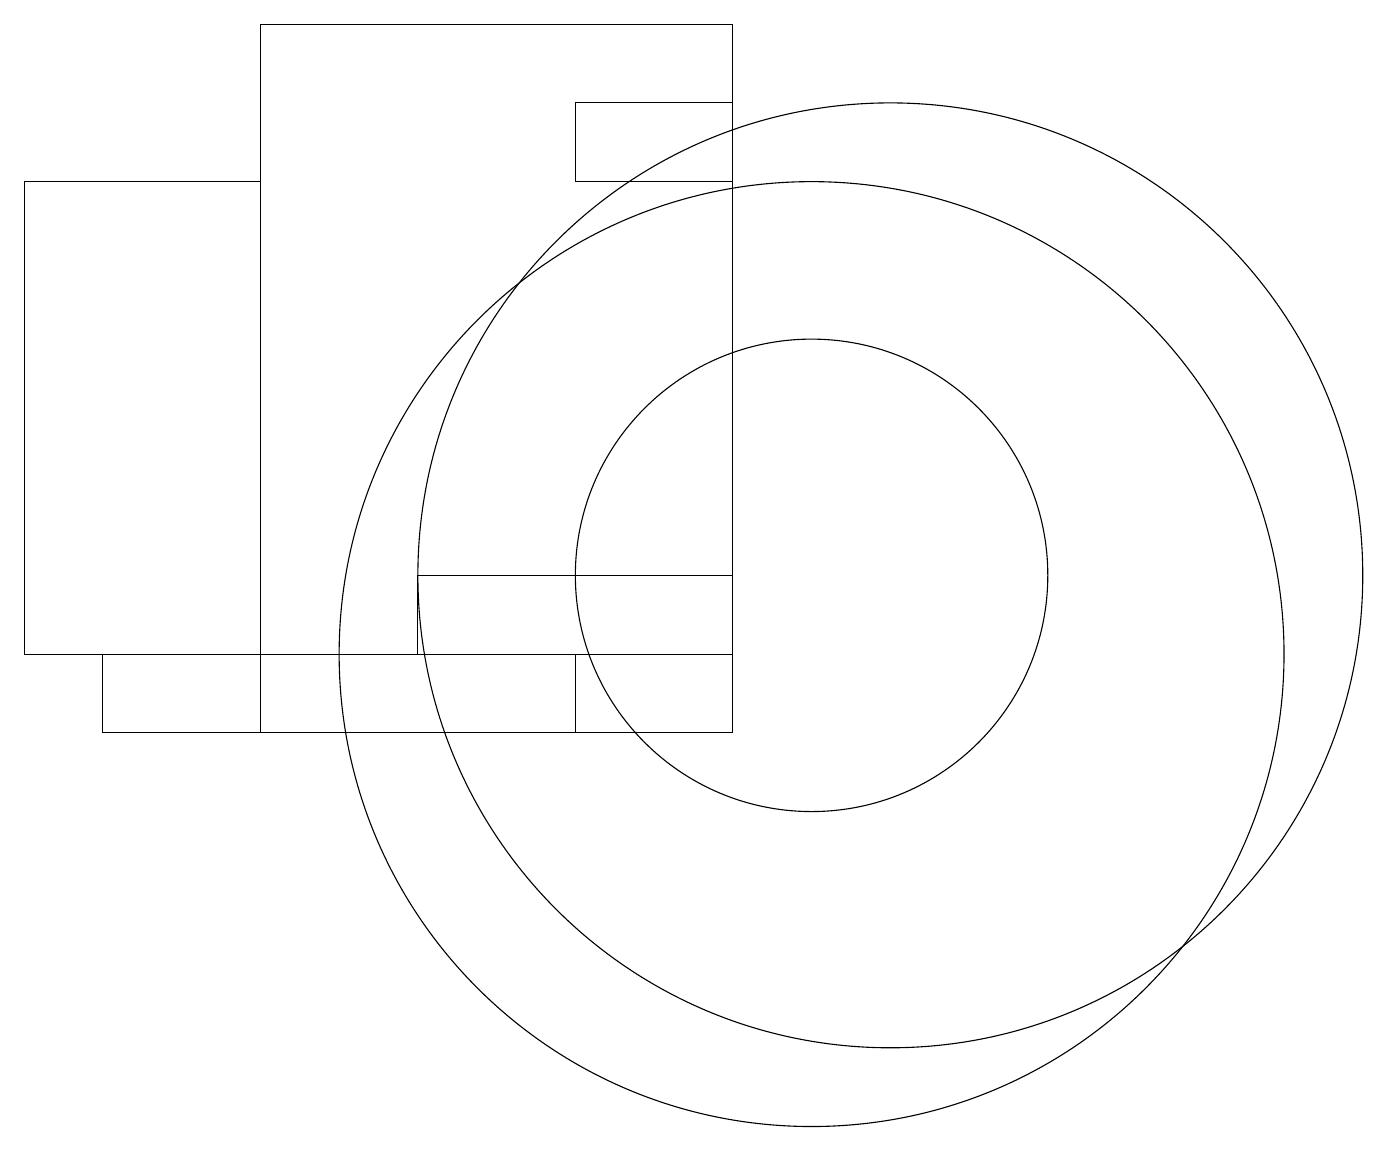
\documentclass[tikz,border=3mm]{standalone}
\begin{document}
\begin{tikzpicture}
\draw (9,17) rectangle (7,18);
\draw (10,11) circle (6);
\draw (9,19) rectangle (3,10);
\draw (11,12) circle (6);
\draw (1,11) rectangle (7,10);
\draw (0,11) rectangle (3,17);
\draw (9,11) rectangle (5,12);
\draw (10,12) circle (3);
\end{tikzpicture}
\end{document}